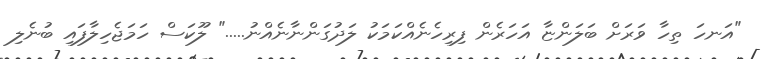
"އަނހަ ތިހާ ވަރަށް ބަލަންޏާ އަހަރެން ފިރިހެނެއްކަމަކު ލަދުގަންނާނެއްނު....." ލޫކަސް ހަމަޖެހިލާފައި ބުނެލި